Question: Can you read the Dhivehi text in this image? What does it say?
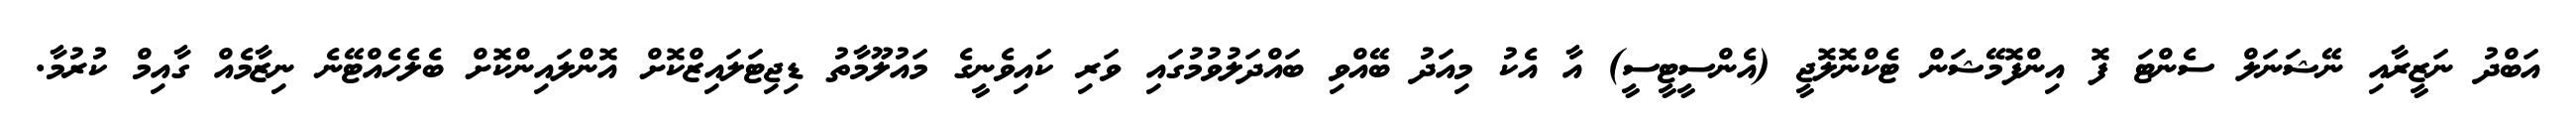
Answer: އަބްދު ނަޒީރާއި ނޭޝަނަލް ސެންޓަ ފޮ އިންފޮމޭޝަން ޓެކްނޮލޮޖީ (އެންސީޓީސީ) އާ އެކު މިއަދު ބޭއްވި ބައްދަލުވުމުގައި ވަރި ކައިވެނީގެ މައުލޫމާތު ޑިޖިޓަލައިޒްކޮށް އޮންލައިންކޮށް ބެލެހެއްޓޭނެ ނިޒާމެއް ގާއިމް ކުރުމާ.